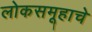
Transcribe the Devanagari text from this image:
लोकसमूहाचे